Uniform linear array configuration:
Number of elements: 16
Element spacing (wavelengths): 0.25
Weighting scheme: exponential
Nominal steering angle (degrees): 0
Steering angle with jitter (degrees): -0.9711
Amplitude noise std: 0.05
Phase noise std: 0.05

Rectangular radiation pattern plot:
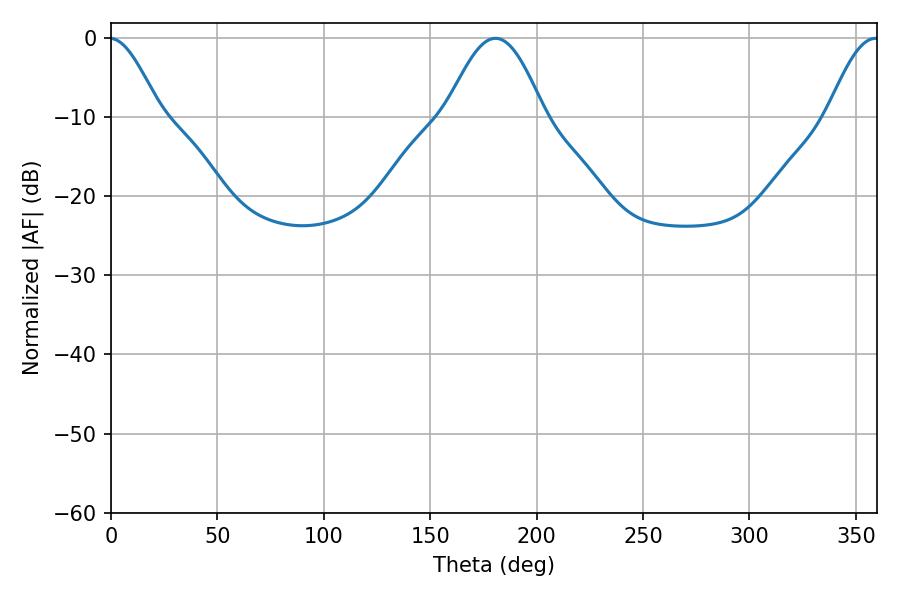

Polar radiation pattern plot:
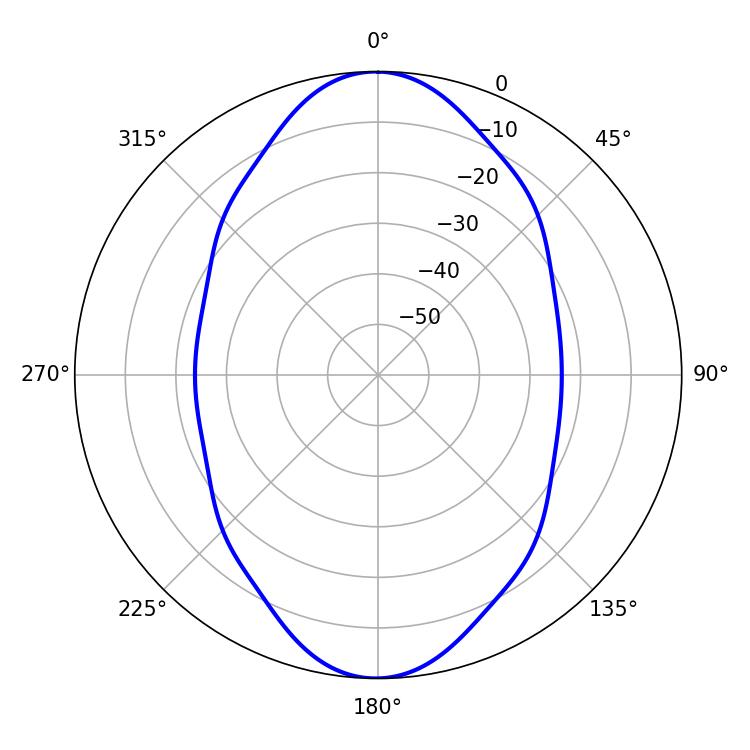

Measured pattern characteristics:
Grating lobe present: FALSE
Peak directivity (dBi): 28.719
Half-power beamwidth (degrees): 24.84
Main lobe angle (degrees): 180.72